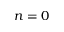
n = 0